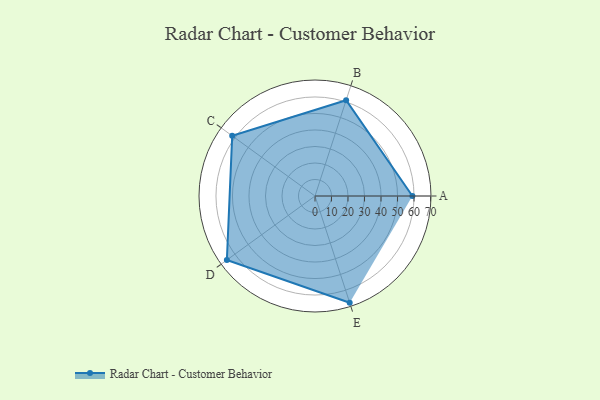
{"axis": {"x": "Skill", "y": "Score"}, "legend": ["Profile"], "data": [{"x": "A", "y": 59.0, "type": "Profile"}, {"x": "B", "y": 61.0, "type": "Profile"}, {"x": "C", "y": 62.0, "type": "Profile"}, {"x": "D", "y": 66.0, "type": "Profile"}, {"x": "E", "y": 68.0, "type": "Profile"}]}